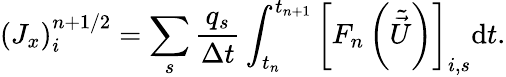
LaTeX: (J_{x})_{i}^{n+{1/2}}=\sum_{s}\frac{q_{s}}{\Delta t}\int_{t_{n}}^{t_{n+1}}\left[F_{n}\left(\tilde{\vec{U}}\right)\right]_{i,s}\mathrm{d}t.